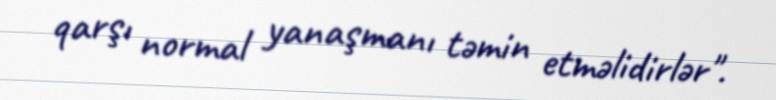
qarşı normal yanaşmanı təmin etməlidirlər".